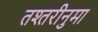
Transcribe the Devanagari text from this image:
तश्तरीनुमा